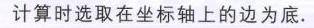
计算时选取在坐标轴上的边为底.